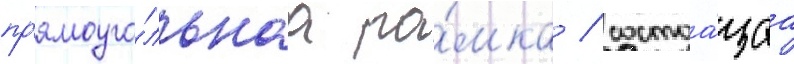
пр'ямоуго́льнаа ра́мка / состоа́щаа